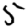
Digit: 5